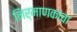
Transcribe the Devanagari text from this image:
निर्माणकांचा